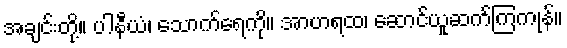
အချင်းတို့။ ပါနီယံ၊ သောက်ရေကို။ အာဟရထ၊ ဆောင်ယူဆက်ကြကုန်။